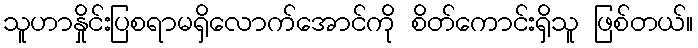
သူဟာနှိုင်းပြစရာမရှိလောက်အောင်ကို စိတ်ကောင်းရှိသူ ဖြစ်တယ်။